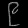
Digit: ၉